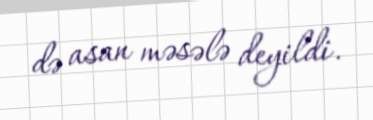
də asan məsələ deyildi.